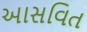
આસવિત